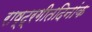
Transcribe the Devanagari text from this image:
राष्ट्रगीतदिनांक